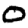
Digit: 0